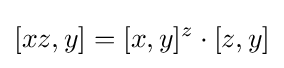
[xz,y]=[x,y]^{z}\cdot [z,y]